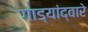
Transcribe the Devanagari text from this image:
गाड्यांद्वारे